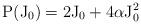
LaTeX: \begin{align*}\rm P(\rm J_0) = 2 \rm J_0 + 4 \alpha \rm J_0^2\end{align*}